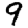
Digit: 9